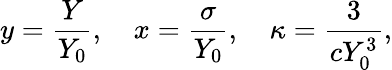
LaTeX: y=\frac{Y}{Y_{0}},\quad x=\frac{\sigma}{Y_{0}},\quad\kappa=\frac{3}{cY_{0}^{3}},